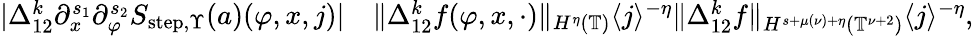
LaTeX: \begin{array}{rl}{|\Delta_{12}^{k}\partial_{x}^{s_{1}}\partial_{\varphi}^{s_{2}}S_{\mathrm{step},\Upsilon}(a)(\varphi,x,j)|}&{\le\rVert\Delta_{12}^{k}f(\varphi,x,\cdot)\rVert_{H^{\eta}(\mathbb{T})}\langle j\rangle^{-\eta}\le\rVert\Delta_{12}^{k}f\rVert_{H^{s+\mu(\nu)+\eta}(\mathbb{T}^{\nu+2})}\langle j\rangle^{-\eta},}\end{array}